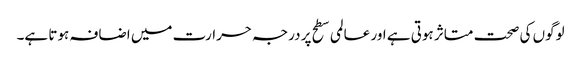
لوگوں کی صحت متاثر ہوتی ہے اور عالمی سطح پر درجہ حرارت میں اضافہ ہوتا ہے۔